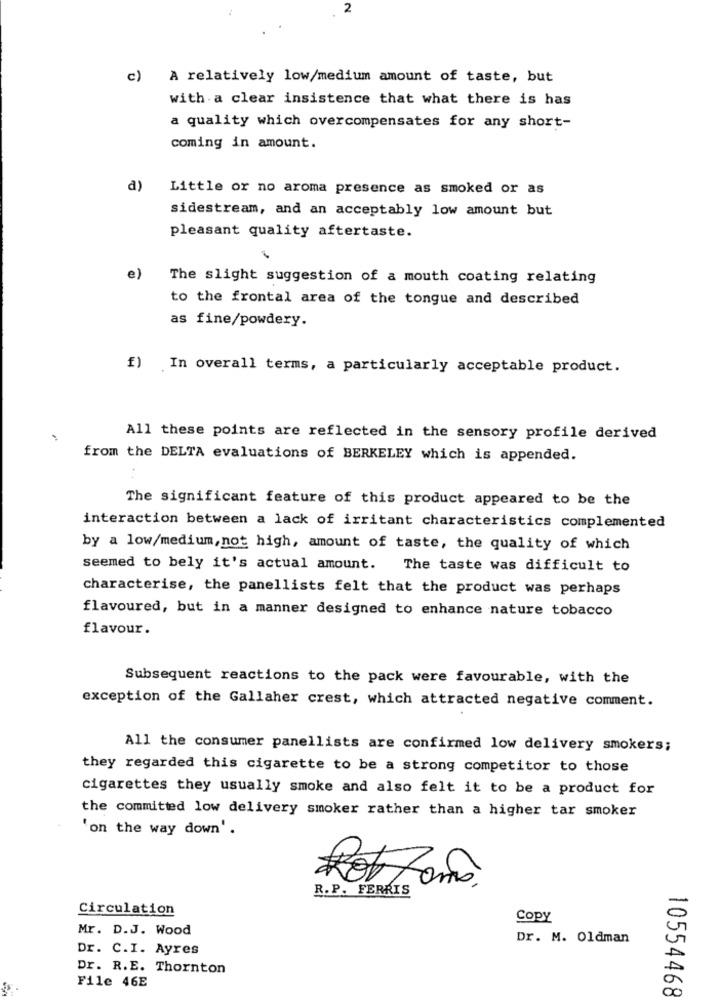
c) A relatively low/medium amount of taste, but
with a clear insistence that what there is has
a quality which overcompensates for any short-
coming in amount.
a)
Little or no aroma presence as smoked or as
sidestream, and an acceptably low amount but
pleasant quality aftertaste.
e)
The slight suggestion of a mouth coating relating
to the frontal area of the tongue and described
as fine/powdery.
f) In overall terms, a particularly acceptable product.
All these points are reflected in the sensory profile derived
from the DELTA evaluations of BERKELEY which is appended.
The significant feature of this product appeared to be the
interaction between a lack of irritant characteristics complemented
by a low/medium,not high, amount of taste, the quality of which
seemed to bely it's actual amount.
The taste was difficult to
characterise, the panellists felt that the product was perhaps
flavoured, but in a manner designed to enhance nature tobacco
flavour.
Subsequent reactions to the pack were favourable, with the
exception of the Gallaher crest, which attracted negative comment.
All the consumer panellists are confirmed low delivery smokers;
they regarded this cigarette to be a strong competitor to those
cigarettes they usually smoke and also felt it to be a product for
the committed low delivery smoker rather than a higher tar smoker
'on the way down'.
Rob Zono
R. P. FERRIS
Circulation
Copy
Mr. D.J. Wood
Dr. M. Oldman
Dr. C.I. Ayres
Dr. R.E. Thornton
File 46E
10554468